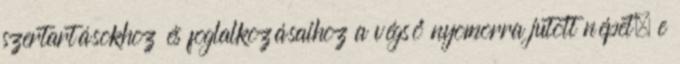
szertartásokhoz és foglalkozásaihoz a végső nyomorra jutott népet; e